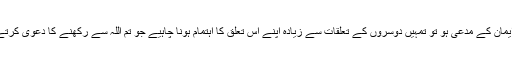
اگر ایمان کے مدعی ہو تو تمہیں دوسروں کے تعلقات سے زیادہ اپنے اس تعلق کا اہتمام ہونا چاہیے جو تم اللہ سے رکھنے کا دعویٰ کرتے ہو۔